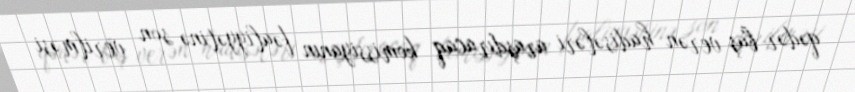
qədər baş verən hadisələri araşdıracaq komissiyanın fəaliyyətinə son verilməsi